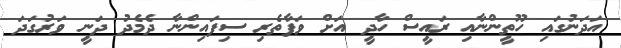
އަދަނުގައި ހޫތީންނާއި ރައީސް ހާދީ އަށް ވަފާތެރި ސިފައިންނާ ދެމެދު ދަނީީ ވަަރުގަދަ